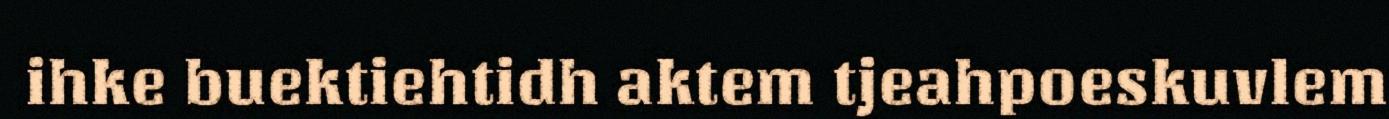
ihke buektiehtidh aktem tjeahpoeskuvlem